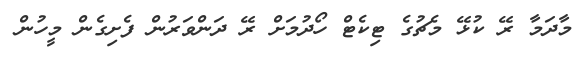
މާދަމާ ރޭ ކުޅޭ މެޗުގެ ޓިކެޓް ހޯދުމަށް ރޭ ދަންވަރުން ފެށިގެން މީހުން